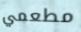
مطعمي